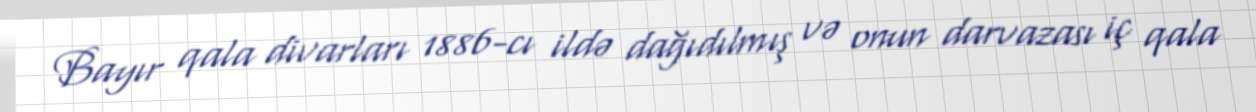
Bayır qala divarları 1886-cı ildə dağıdılmış və onun darvazası iç qala